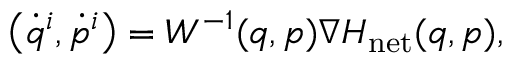
\begin{array} { r } { \left( \dot { q } ^ { i } , \dot { p } ^ { i } \right) = W ^ { - 1 } ( q , p ) \nabla H _ { \mathrm { n e t } } ( q , p ) , } \end{array}